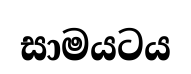
සාමයටය